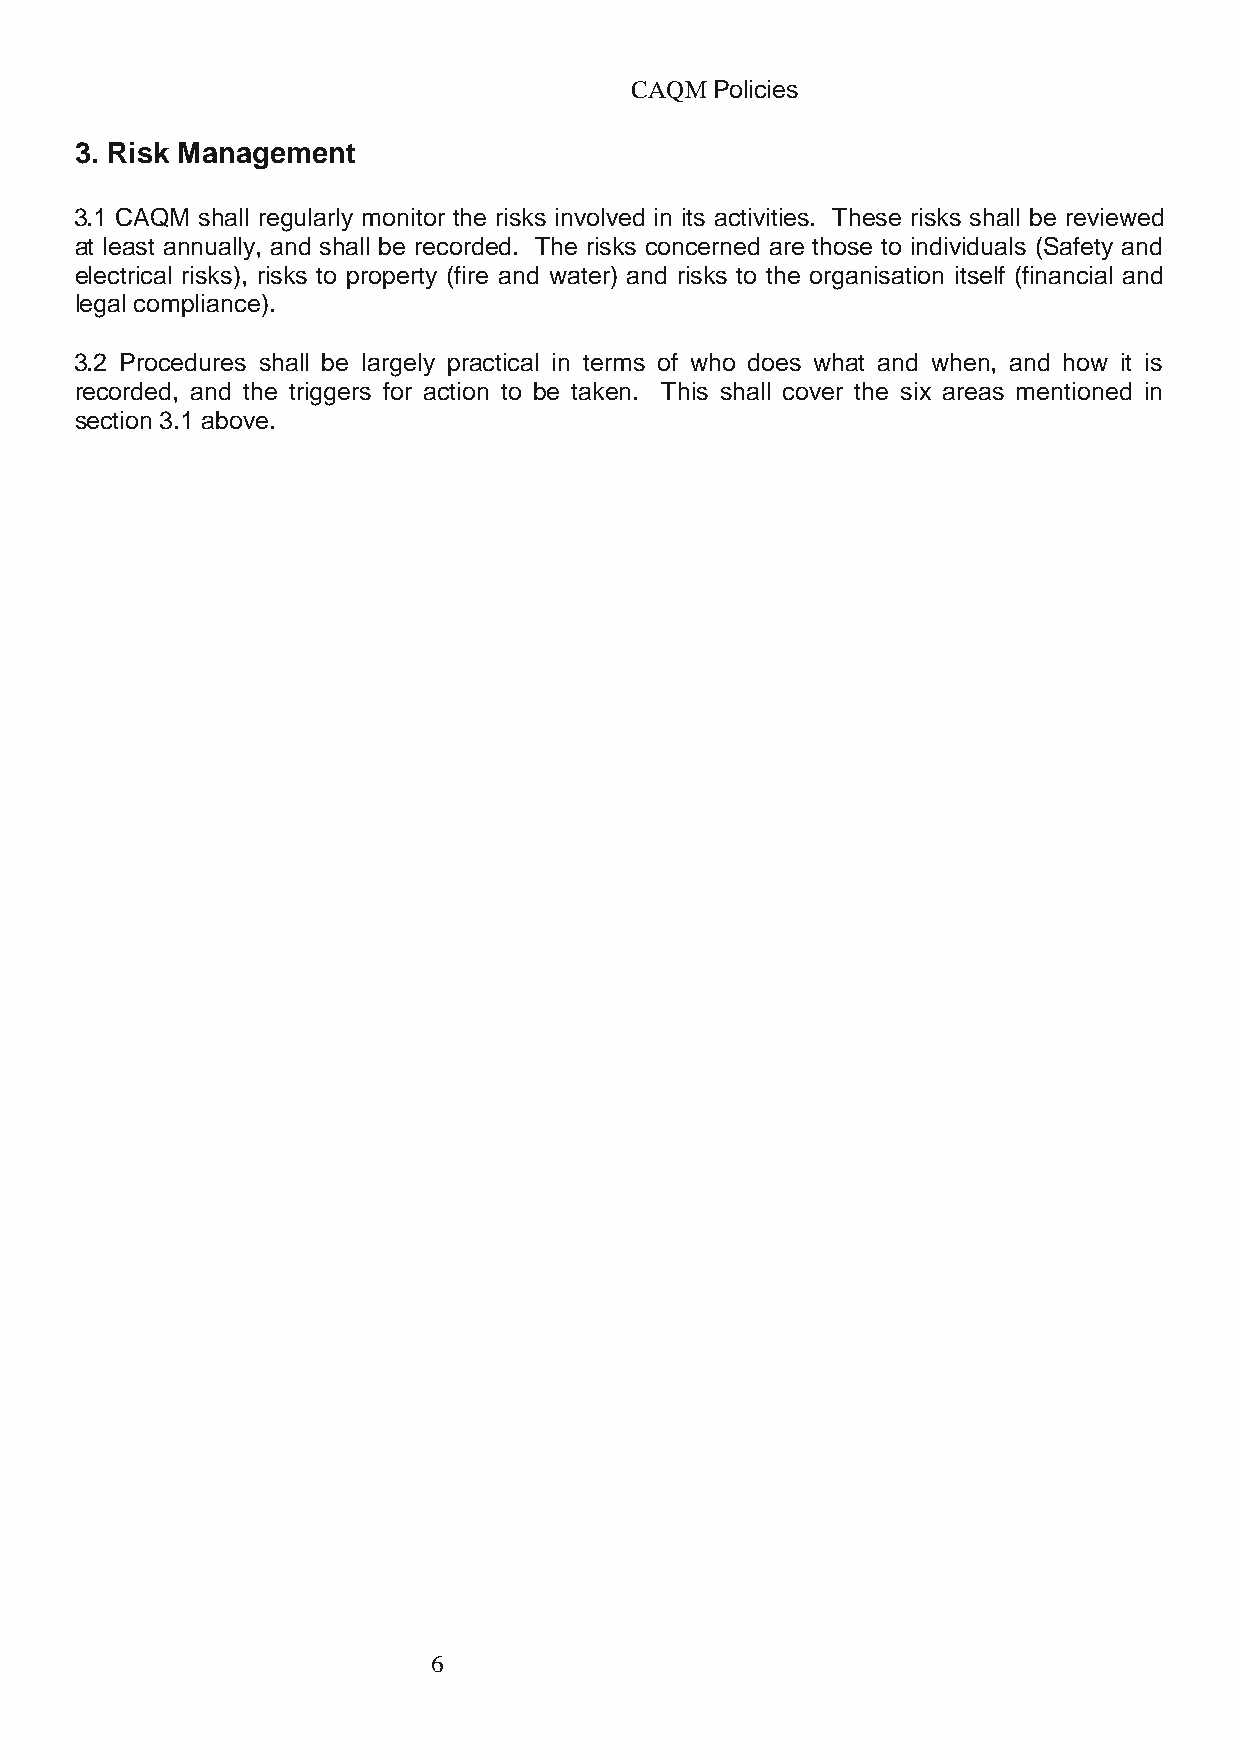
CAQM Policies
 3. Risk Management
 3.1 CAQM shall regularly monitor the risks involved in its activities. These risks shall be reviewed
 at least annually, and shall be recorded. The risks concerned are those to individuals (Safety and
 electrical risks), risks to property (fire and water) and risks to the organisation itself (financial and
 legal compliance).
 3.2 Procedures shall be largely practical in terms of who does what and when, and how it is
 recorded, and the triggers for action to be taken. This shall cover the six areas mentioned in
 section 3.1 above.
 6